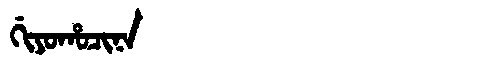
Manchu: ᡤᡳᠶᠣᡥᠣᠴᡳᠨᠠ
Romanization: GIYOHOCINA